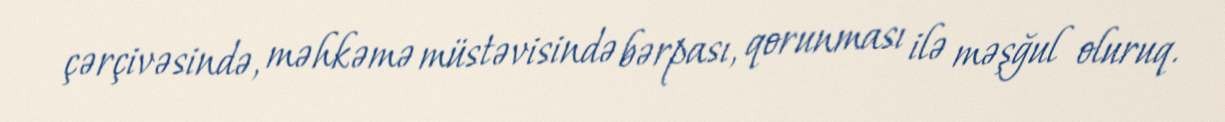
çərçivəsində, məhkəmə müstəvisində bərpası, qorunması ilə məşğul oluruq.